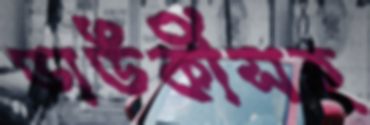
ডাউকীসহ